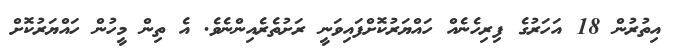
އިތުރުން 18 އަހަރުގެ ފިރިހެނެއް ހައްޔަރުކޮށްފައިވަނީ ރަށުތެރެއިންނެވެ. އެ ތިން މީހުން ހައްޔަރުކޮށް